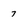
Character: 7